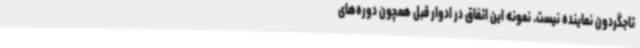
تاجگردون نماینده نیست. نمونه این اتفاق در ادوار قبل همچون دوره‌های